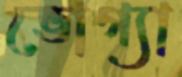
ভোগ্যা